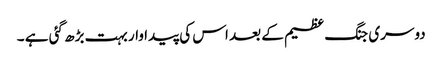
دوسری جنگ عظیم کے بعد اس کی پیدا وار بہت بڑھ گئی ہے ۔